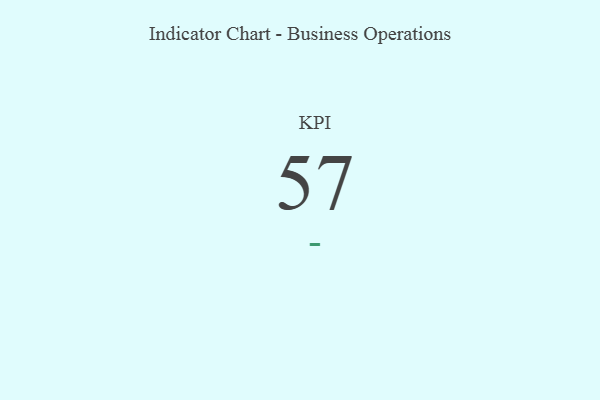
{"axis": {"x": "KPI", "y": "Value"}, "legend": [""], "data": [{"x": "KPI", "y": 57, "type": ""}]}